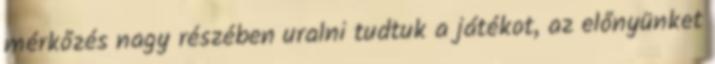
mérkőzés nagy részében uralni tudtuk a játékot, az előnyünket